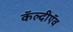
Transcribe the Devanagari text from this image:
कॅल्दीऍव